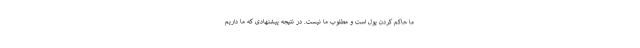
ما حاکم کردن پول است و مطلوب ما نیست. در نتیجه پیشنهادی که ما داریم